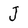
Character: J